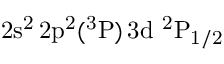
\mathrm { 2 s ^ { 2 } \, 2 p ^ { 2 } ( ^ { 3 } P ) \, 3 d ~ ^ { 2 } P _ { 1 / 2 } }